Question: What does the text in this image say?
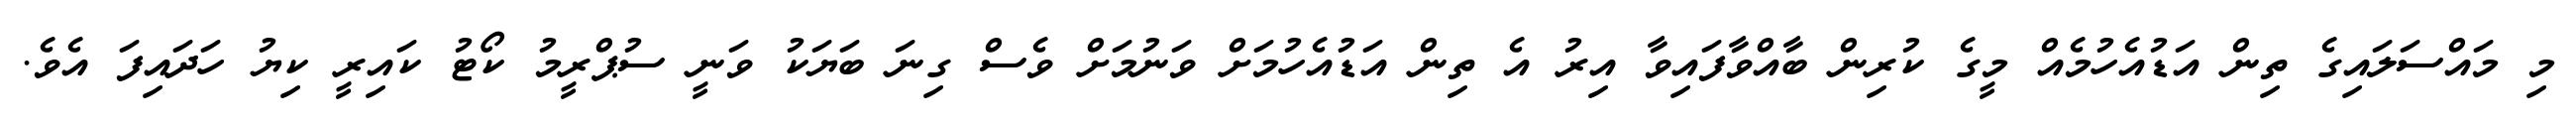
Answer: މި މައްސަލައިގެ ތިން އަޑުއެހުމެއް މީގެ ކުރިން ބާއްވާފައިވާ އިރު އެ ތިން އަޑުއެހުމަށް ވަނުމަށް ވެސް ގިނަ ބަޔަކު ވަނީ ސުޕްރީމު ކޯޓު ކައިރީ ކިޔު ހަދައިފަ އެވެ.